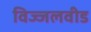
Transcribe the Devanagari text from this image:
विज्जलवीड